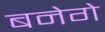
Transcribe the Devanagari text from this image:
बनेगे